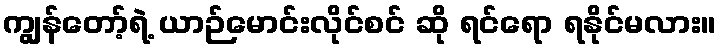
ကျွန်တော့်ရဲ့ ယာဉ်မောင်းလိုင်စင် ဆို ရင်ရော ရနိုင်မလား။